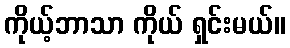
ကိုယ့်ဘာသာ ကိုယ် ရှင်းမယ်။